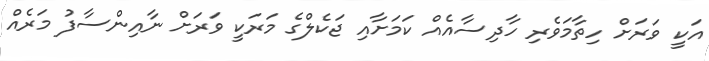
އަކީ ވަރަށް ހިތާމަވެރި ހާދިސާއެއް ކަމަށާއި ޖަކެލްގެ މަރަކީ ވަރަށް ނާއިންސާފު މަރެއް